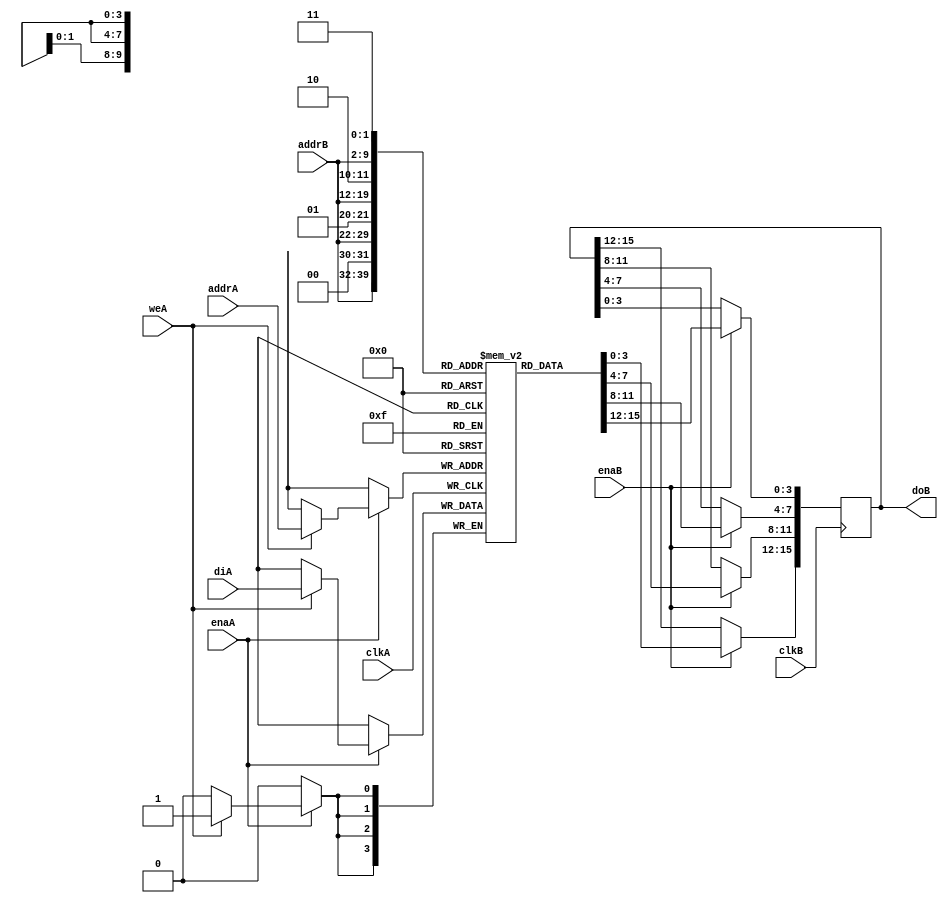
// Asymmetric port RAM
// Read Wider than Write. Read Statement in loop
//asym_ram_sdp_read_wider_dc.v

module asym_ram_sdp_read_wider_dc (clkA, clkB, enaA, weA, enaB, addrA, addrB, diA, doB);

parameter WIDTHA = 4;
parameter SIZEA = 1024;
parameter ADDRWIDTHA = 10;
parameter WIDTHB = 16;
parameter SIZEB = 256;
parameter ADDRWIDTHB = 8;

input clkA;
input clkB;
input weA;
input enaA, enaB;
input [ADDRWIDTHA-1:0] addrA;
input [ADDRWIDTHB-1:0] addrB;
input [WIDTHA-1:0] diA;
output [WIDTHB-1:0] doB;
`define max(a,b) {(a) > (b) ? (a) : (b)}
`define min(a,b) {(a) < (b) ? (a) : (b)}

function integer log2;
input integer value;
reg [31:0] shifted;
integer res;

begin
    if (value < 2)
        log2 = value;
    else
    begin
        shifted = value-1;
            for (res=0; shifted>0; res=res+1)
                shifted = shifted>>1;
                log2 = res;
    end
end
endfunction

localparam maxSIZE = `max(SIZEA, SIZEB);
localparam maxWIDTH = `max(WIDTHA, WIDTHB);
localparam minWIDTH = `min(WIDTHA, WIDTHB);
localparam RATIO = maxWIDTH / minWIDTH;
localparam log2RATIO = log2(RATIO);

reg [minWIDTH-1:0] RAM [0:maxSIZE-1];
reg [WIDTHB-1:0] readB;

always @(posedge clkA)
begin
    if (enaA) 
    begin
        if (weA)
            RAM[addrA] <= diA;
    end
end

always @(posedge clkB)
begin : ramread
integer i;
reg [log2RATIO-1:0] lsbaddr;
    if (enaB) 
    begin
        for (i = 0; i < RATIO; i = i+1) 
        begin
            lsbaddr = i;
            readB[(i+1)*minWIDTH-1 -: minWIDTH] <= RAM[{addrB, lsbaddr}];
        end
    end
end

assign doB = readB;

endmodule